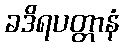
ခဒိရပတ္တာနံ